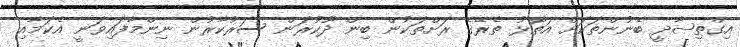
އިގްތިޞާދީ ބޭނުންތަކަށް އަތޮޅު ތެރޭގެ ރަށްތަކުން ބިން ދޫކުރަން ސަރުކާރުން ނިންމާފައިވަނީ އެކަމާއި